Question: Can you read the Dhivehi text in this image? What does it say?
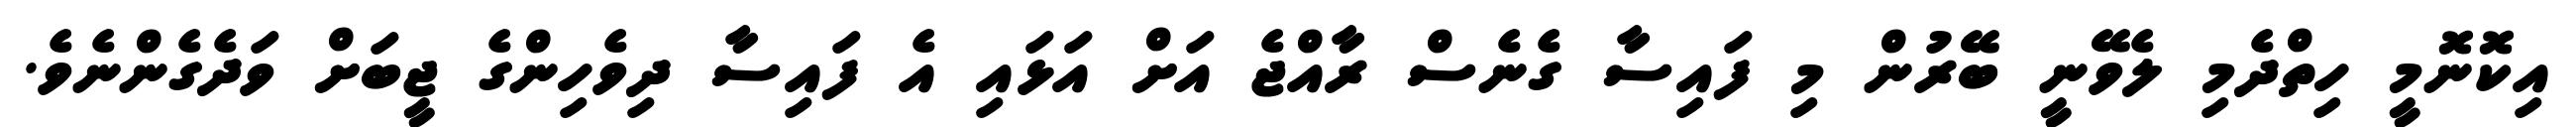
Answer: އިކޮނޮމީ ހިތްދެމި ލެވޭނީ ބޭރުން މި ފައިސާ ގެނެސް ރާއްޖެ އަށް އަޅައި އެ ފައިސާ ދިވެހިންގެ ޖީބަށް ވަދެގެންނެވެ.